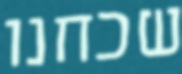
שכחנו